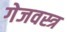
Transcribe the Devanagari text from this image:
गेजवस्त्र